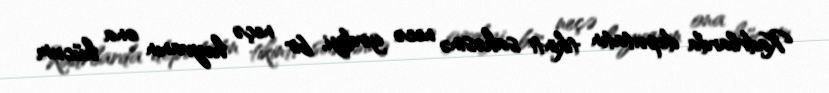
Kadrlarda deputatın tikinti sahəsinə necə girdiyi, bir neçə heyvanın ona hücum